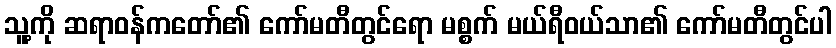
သူ့ကို ဆရာဝန်ကတော်၏ ကော်မတီတွင်ရော မစ္စက် မယ်ရီဝယ်သာ၏ ကော်မတီတွင်ပါ